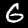
Label: 6